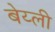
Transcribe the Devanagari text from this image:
बेय्ली